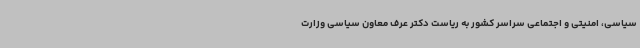
سیاسی، امنیتی و اجتماعی سراسر کشور به ریاست دکتر عرف معاون سیاسی وزارت